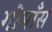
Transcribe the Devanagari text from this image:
गोमाँस